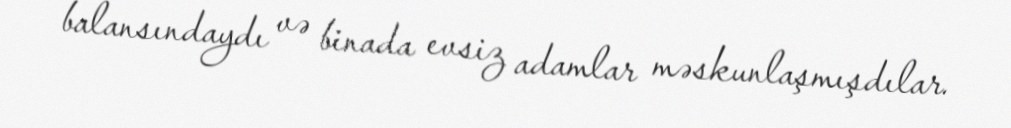
balansındaydı və binada evsiz adamlar məskunlaşmışdılar.